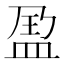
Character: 𱲑